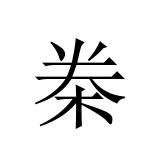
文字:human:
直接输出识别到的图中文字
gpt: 桊